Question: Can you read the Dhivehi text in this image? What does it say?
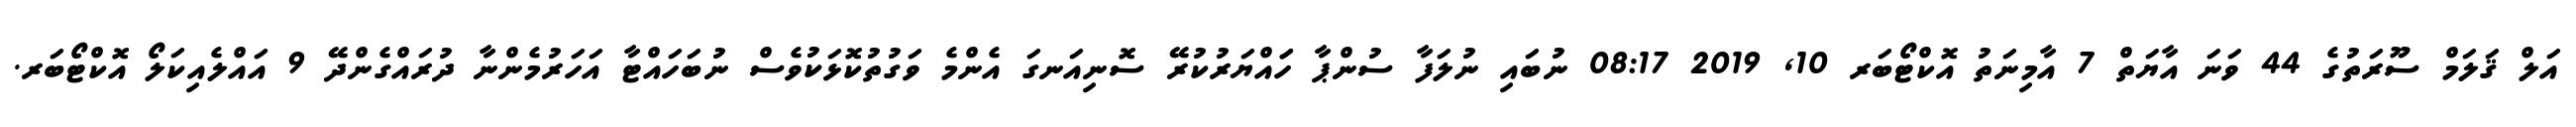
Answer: އަލް ޤަލަމް ސޫރަތުގެ 44 ވަނަ އާޔަތް 7 އާމިނަތު އޮކްޓޯބަރ 10, 2019 08:17 ނުބައި ނުލަފާ ސުންޕާ ހަައްޔަރުކުރޭ ސޮނިއަނގަ އެންމެ ވަގުތުކޮޅަކުވެސް ނުބަހައްޓާ އަހަރުމެންނާ ދުރައްގެންދޭ 9 އައްލެއިކަލޯ އޮކްޓޯބަރ.